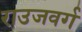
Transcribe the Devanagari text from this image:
राउजवर्ग